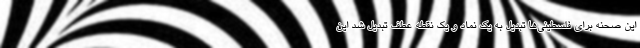
این صحنه برای فلسطینی‌ها تبدیل به یک نماد و یک نقطه عطف تبدیل شد این